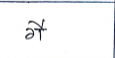
मजकूर: गै